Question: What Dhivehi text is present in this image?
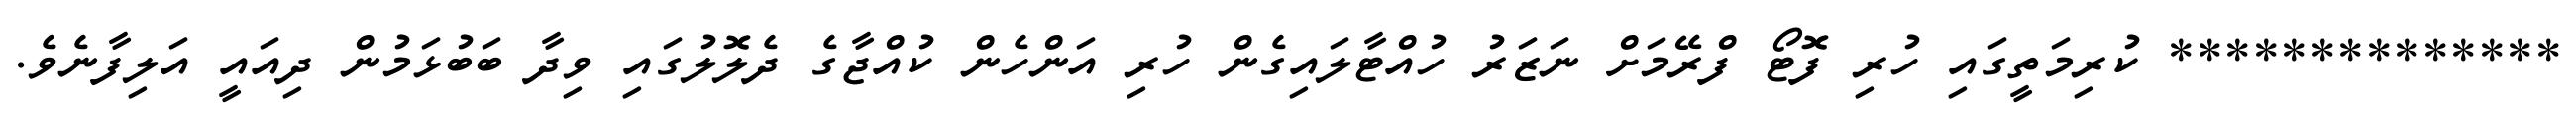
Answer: ************** ކުރިމަތީގައި ހުރި ފޮޓޯ ފްރޭމަށް ނަޒަރު ހުއްޓާލައިގެން ހުރި އަންހެން ކުއްޖާގެ ދެލޮލުގައި ވިދާ ބަބުޅަމުން ދިއައީ އަލިފާނެވެ.